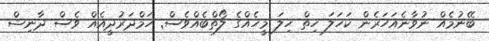
ބޭނުމެއް ނުވާނެއަހަރެން ކަހަލަ ހިތް ހިލަ މީހެއްގެ ލޯތްބެއްވެސް